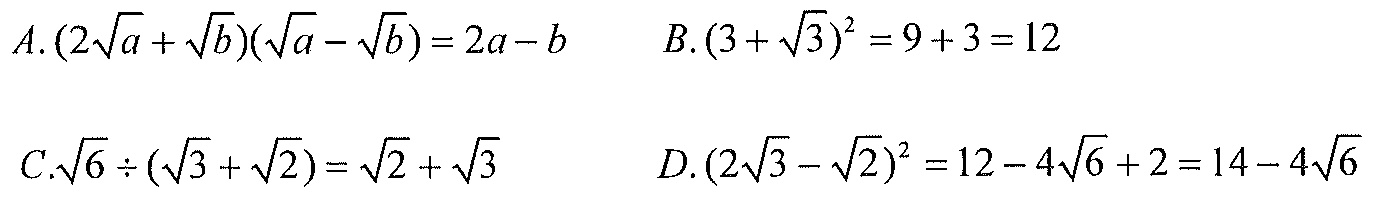
\(A.(2\sqrt{a}+\sqrt{b})(\sqrt{a}-\sqrt{b}) = 2a - b\)  \(B.(3+\sqrt{3})^{2}=9 + 3=12\)
\(C.\sqrt{6}\div(\sqrt{3}+\sqrt{2})=\sqrt{2}+\sqrt{3}\)  \(D.(2\sqrt{3}-\sqrt{2})^{2}=12 - 4\sqrt{6}+2 = 14 - 4\sqrt{6}\)